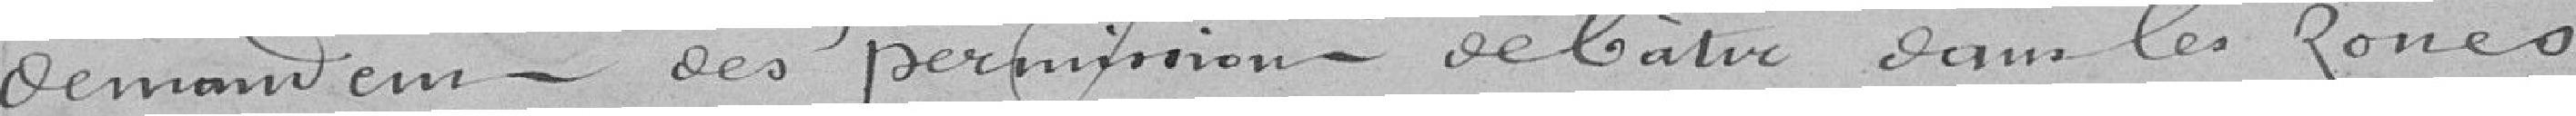
demandent des permissions - rebaix cam les zones